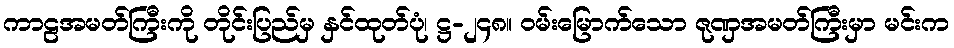
ကာဠအမတ်ကြီးကို တိုင်းပြည်မှ နှင်ထုတ်ပုံ၊ ဋ္ဌ-၂၄၈။ ဝမ်းမြောက်သော ဇုဏှအမတ်ကြီးမှာ မင်းက